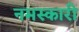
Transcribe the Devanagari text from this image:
नमस्कारी